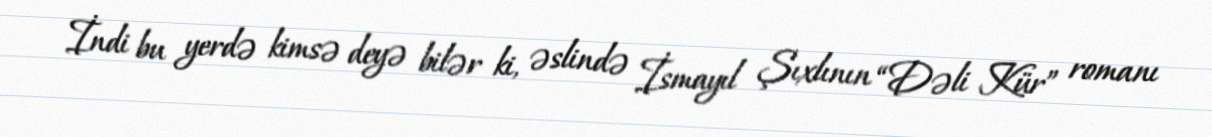
İndi bu yerdə kimsə deyə bilər ki, əslində İsmayıl Şıxlının “Dəli Kür” romanı